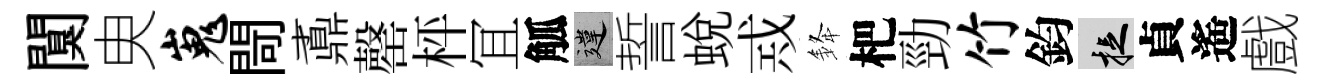
闃㬰嵬閜鼒罄枰冝觚違誓蛻𢦶𨦟杷勁竹鈞捉貞遙戲